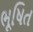
ભૂષિત